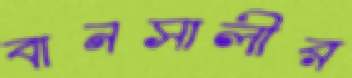
বানসালীর